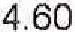
4.60